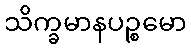
သိက္ခမာနပဉ္စမော